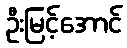
ဦးမြင့်အောင်